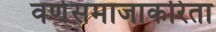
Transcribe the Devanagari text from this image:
वर्णसमाजाकरिता